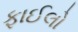
ફાઈલો